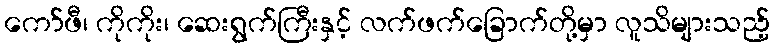
ကော်ဖီ၊ ကိုကိုး၊ ဆေးရွက်ကြီးနှင့် လက်ဖက်ခြောက်တို့မှာ လူသိများသည့်